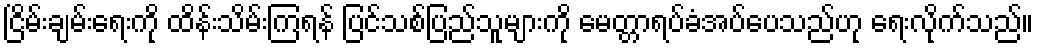
ငြိမ်းချမ်းရေးကို ထိန်းသိမ်းကြရန် ပြင်သစ်ပြည်သူများကို မေတ္တာရပ်ခံအပ်ပေသည်ဟု ရေးလိုက်သည်။